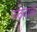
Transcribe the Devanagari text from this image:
कंठनाळ